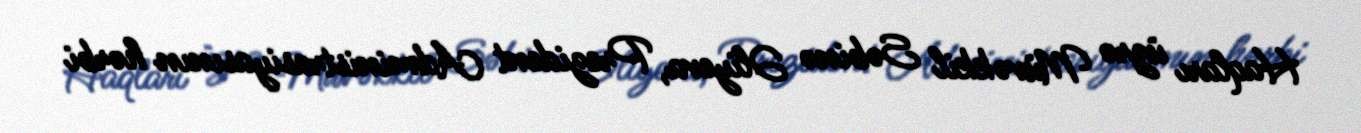
Haqları üzrə Müvəkkil Səbinə Əliyeva, Prezident Administrasiyasının hərbi